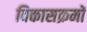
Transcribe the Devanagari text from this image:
विकासक्रमों